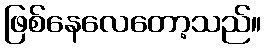
ဖြစ်နေလေတော့သည်။